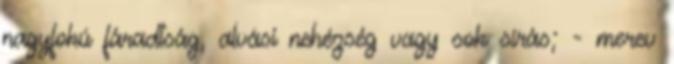
nagyfokú fáradtság, alvási nehézség vagy sok sírás; - merev